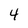
Character: 4